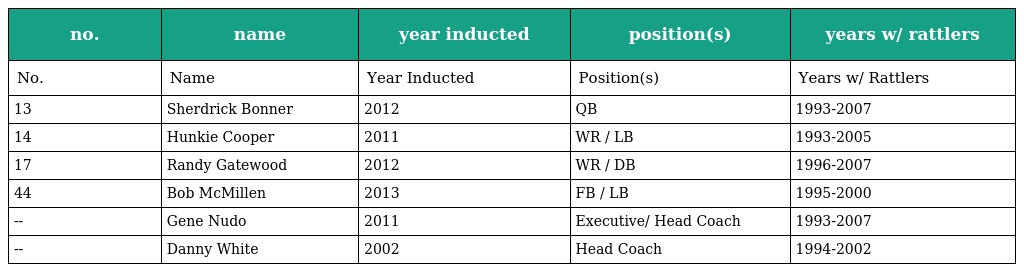
| no. | name | year inducted | position(s) | years w/ rattlers |
 | --- | --- | --- | --- | --- |
 | No. | Name | Year Inducted | Position(s) | Years w/ Rattlers |
 | 13 | Sherdrick Bonner | 2012 | QB | 1993-2007 |
 | 14 | Hunkie Cooper | 2011 | WR / LB | 1993-2005 |
 | 17 | Randy Gatewood | 2012 | WR / DB | 1996-2007 |
 | 44 | Bob McMillen | 2013 | FB / LB | 1995-2000 |
 | -- | Gene Nudo | 2011 | Executive/ Head Coach | 1993-2007 |
 | -- | Danny White | 2002 | Head Coach | 1994-2002 |